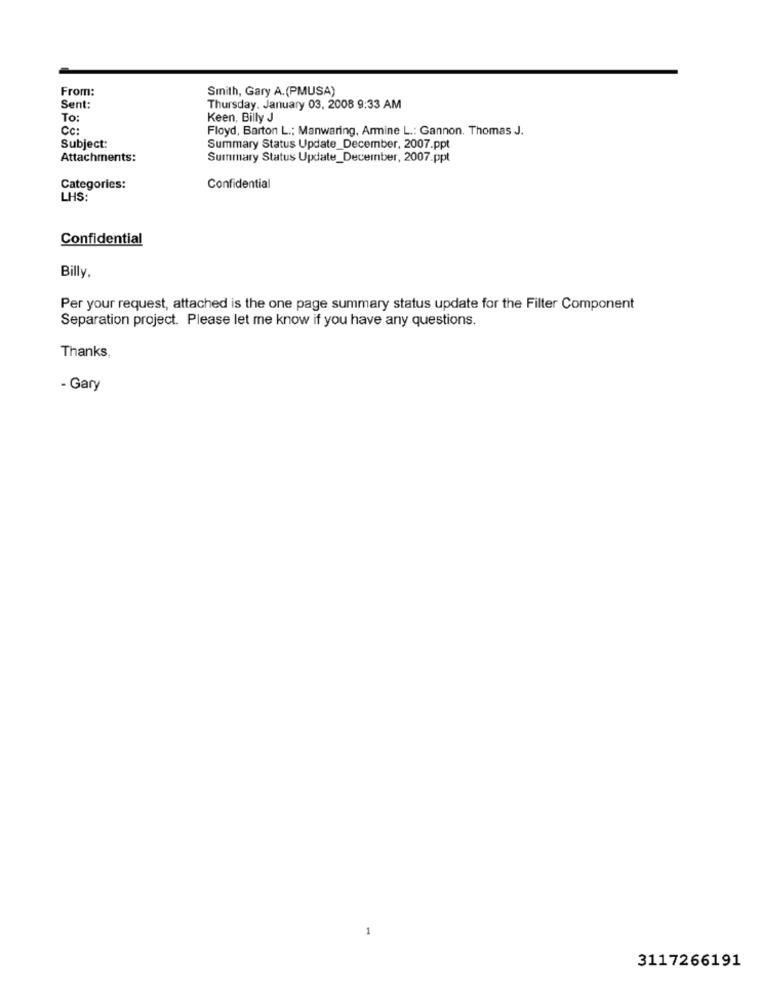
From:
Smith, Gary A.(PMUSA)
Sent:
Thursday, January 03, 2008 9:33 AM
To:
Keen, Billy J
Cc:
Floyd, Barton L .; Manwaring, Armine L .: Gannon. Thomas J.
Subject:
Summary Status Update_December, 2007.ppt
Attachments:
Summary Status Update_December, 2007.ppt
Categories:
Confidential
LHS:
Confidential
Billy,
Per your request, attached is the one page summary status update for the Filter Component
Separation project. Please let me know if you have any questions.
Thanks,
- Gary
3117266191